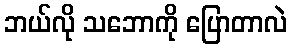
ဘယ်လို သဘောကို ပြောတာလဲ